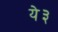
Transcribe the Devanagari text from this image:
ये३